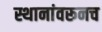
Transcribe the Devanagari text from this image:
स्थानांवरूनच